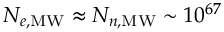
N _ { e , \mathrm { M W } } \approx N _ { n , \mathrm { M W } } \sim 1 0 ^ { 6 7 }